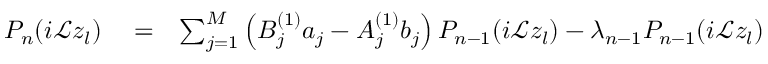
\begin{array} { r l r } { P _ { n } ( i \mathcal { L } z _ { l } ) } & { { } = } & { \sum _ { j = 1 } ^ { M } \left( B _ { j } ^ { ( 1 ) } a _ { j } - A _ { j } ^ { ( 1 ) } b _ { j } \right) P _ { n - 1 } ( i \mathcal { L } z _ { l } ) - \lambda _ { n - 1 } P _ { n - 1 } ( i \mathcal { L } z _ { l } ) } \end{array}